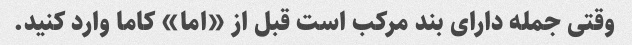
وقتی جمله دارای بند مرکب است قبل از «اما» کاما وارد کنید.